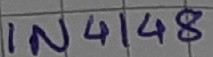
Text: IN4148